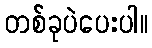
တစ်ခုပဲပေးပါ။